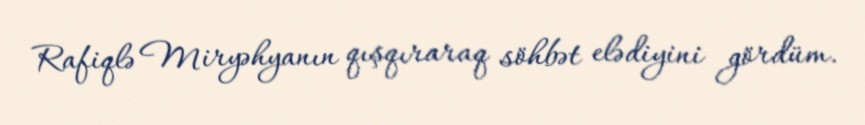
Rafiqlə Miryəhyanın qışqıraraq söhbət elədiyini gördüm.